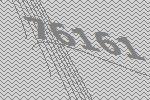
76161